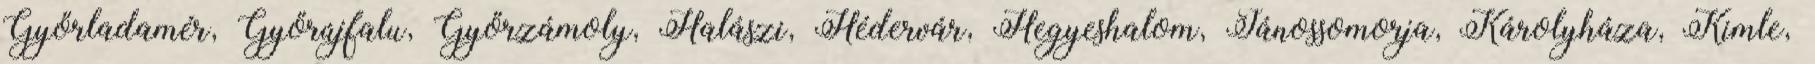
Győrladamér, Győrújfalu, Győrzámoly, Halászi, Hédervár, Hegyeshalom, Jánossomorja, Károlyháza, Kimle,